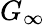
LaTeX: G_{\infty}